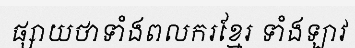
ផ្សាយថាទាំងពលករខ្មែរ ទាំងឡាវ